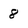
Character: 8